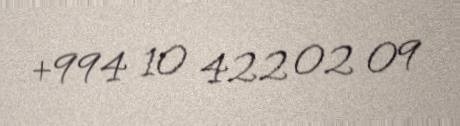
+994 10 422 02 09